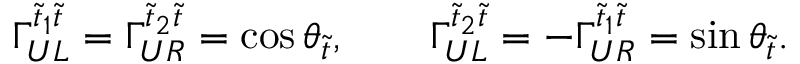
\Gamma _ { U L } ^ { \tilde { t } _ { 1 } \tilde { t } } = \Gamma _ { U R } ^ { \tilde { t } _ { 2 } \tilde { t } } = \cos \theta _ { \tilde { t } } , \qquad \Gamma _ { U L } ^ { \tilde { t } _ { 2 } \tilde { t } } = - \Gamma _ { U R } ^ { \tilde { t } _ { 1 } \tilde { t } } = \sin \theta _ { \tilde { t } } .